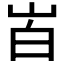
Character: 𰎒